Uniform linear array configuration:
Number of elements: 16
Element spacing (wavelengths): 0.75
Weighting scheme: kaiser
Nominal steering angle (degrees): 60
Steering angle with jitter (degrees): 59.597
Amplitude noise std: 0.05
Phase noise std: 0.05

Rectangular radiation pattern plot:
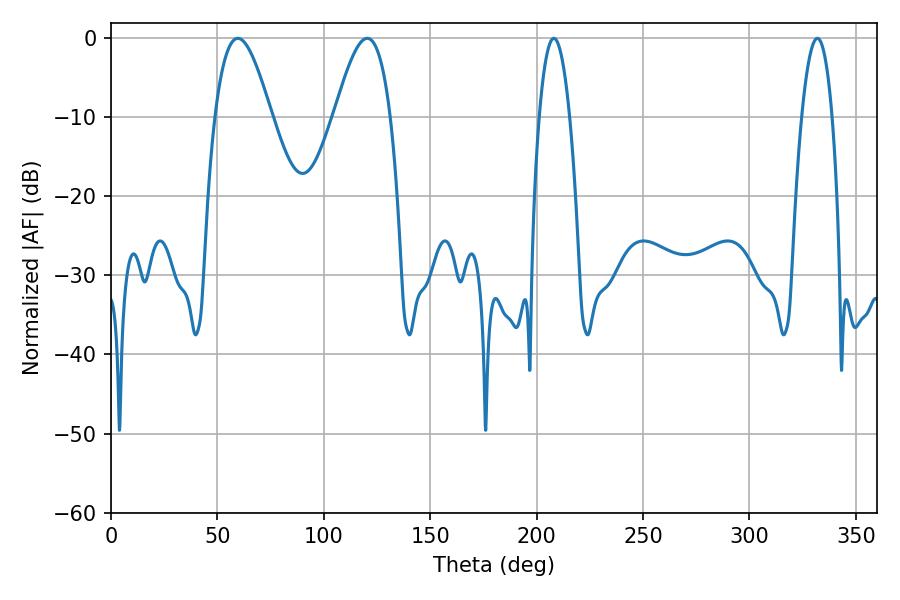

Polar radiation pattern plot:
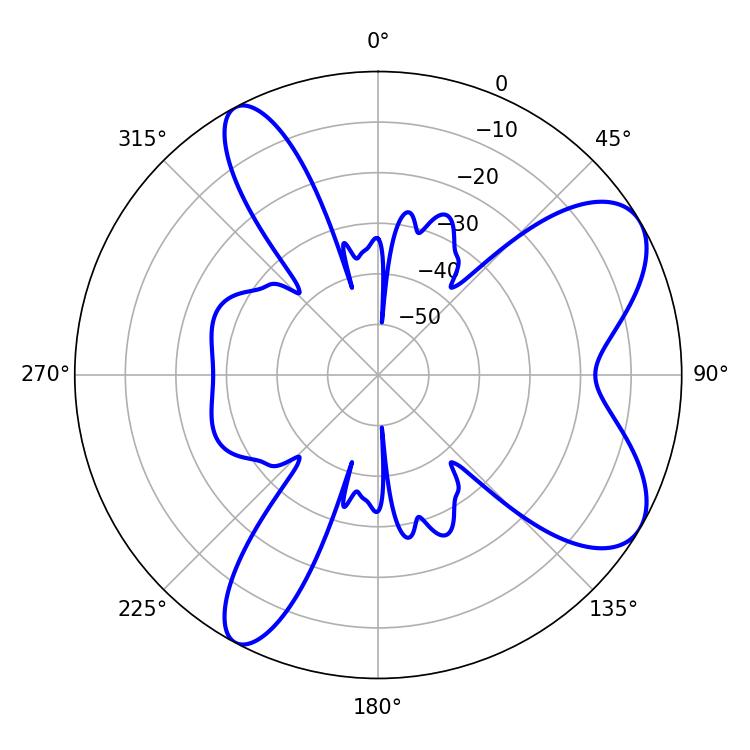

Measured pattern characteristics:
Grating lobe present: TRUE
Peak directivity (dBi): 7.684
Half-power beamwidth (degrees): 7.92
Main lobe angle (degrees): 208.08